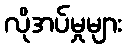
လိုအပ်မှုများ